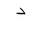
Letter: _dal